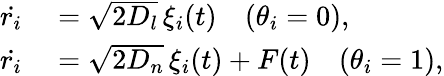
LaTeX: \begin{array}{rl}{\dot{r_{i}}}&{{}=\sqrt{2D_{l}}\, \xi_{i}(t)\quad(\theta_{i}=0),}\\ {\dot{r_{i}}}&{{}=\sqrt{2D_{n}}\, \xi_{i}(t)+F(t)\quad(\theta_{i}=1),}\end{array}